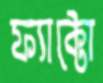
ফ্যাক্টো